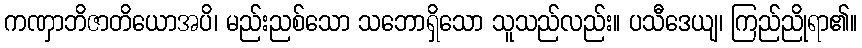
ကဏှာဘိဇာတိယောအပိ၊ မည်းညစ်သော သဘောရှိသော သူသည်လည်း။ ပသီဒေယျ၊ ကြည်ညိုရာ၏။